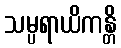
သမ္ပရာယိကန္တိ